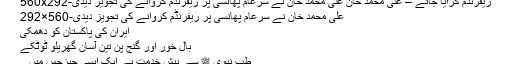
ریفرنڈم کرایا جائے – علی محمد خان علی محمد خان نے سرعام پھانسی پر ریفرنڈم کروانے کی تجویز دیدی-560x292
علی محمد خان نے سرعام پھانسی پر ریفرنڈم کروانے کی تجویز دیدی-560×292
ایران کی پاکستان کو دھمکی
بال خور اور گنج پن تین آسان گھریلو ٹوٹکے
طب نبوی ﷺ سے پیش خدمت ہے ایک ایسی چیزجس میں...